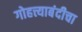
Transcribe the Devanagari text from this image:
गोहत्त्याबंदीचा